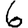
Digit: 6